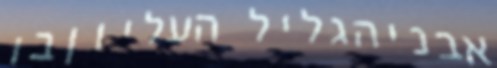
אבניהגליל העליוןבו